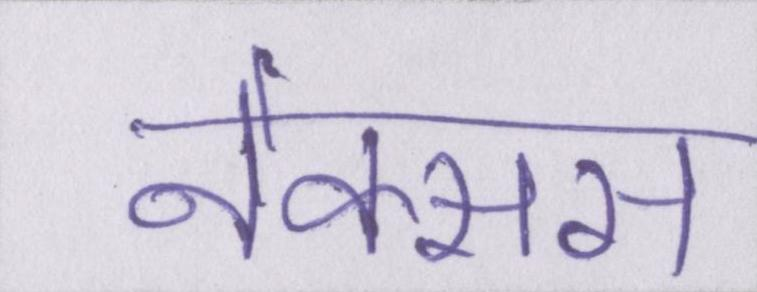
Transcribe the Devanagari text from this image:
नेक्सस